Vaccination in Bombay 1869-1873 - 1869-1873
Year: 1869
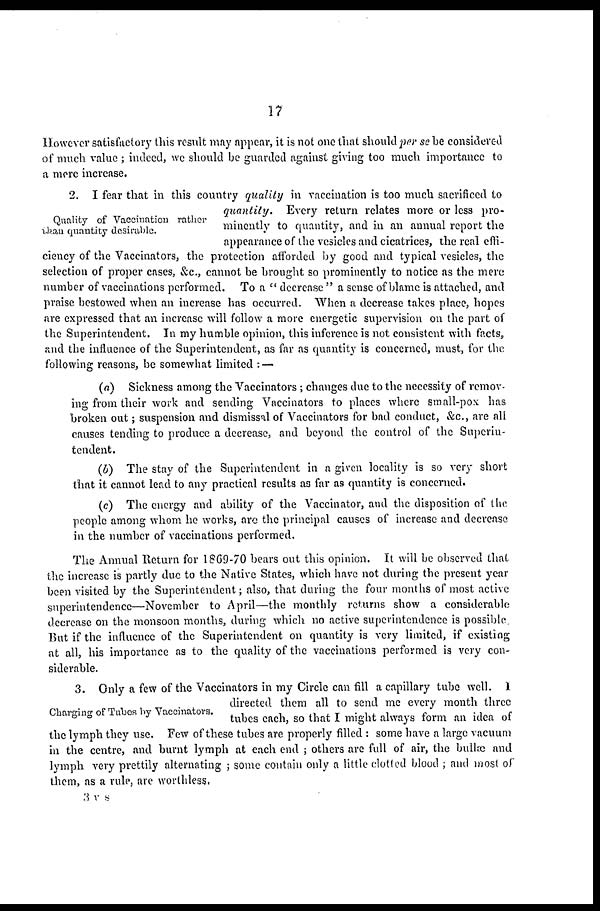
17
However satisfactory this result may appear, it is not one that should per se be considered
of much value ; indeed, we should be guarded against giving too much importance to
a mere increase.
Quality of Vaccination rather
than quantity desirable.
2. I fear that in this country quality in vaccination is too much sacrificed to
quantity.
Every return relates more or less pro-
minently to quantity, and in an annual report the
appearance of the vesicles and cicatrices, the real effi-
ciency of the Vaccinators, the protection afforded by good and typical vesicles, the
selection of proper cases, &c., cannot be brought so prominently to notice as the mere
number of vaccinations performed. To a " decrease " a sense of blame is attached, and
praise bestowed when an increase has occurred. When a decrease takes place, hopes
are expressed that an increase will follow a more energetic supervision on the part of
the Superintendent. In my humble opinion, this inference is not consistent with facts,
and the influence of the Superintendent, as far as quantity is concerned, must, for the
following reasons, be somewhat limited : —
(a) Sickness among the Vaccinators ; changes due to the necessity of remov-
ing from their work and sending Vaccinators to places where small-pox has
broken out; suspension and dismissal of Vaccinators for bad conduct, &c, are all
causes tending to produce a decrease, and beyond the control of the Superin-
tendent.
(b) The stay of the Superintendent in a given locality is so very short
that it cannot lead to any practical results as far as quantity is concerned.
(c) The energy and ability of the Vaccinator, and the disposition of the
people among whom he works, are the principal causes of increase and decrease
in the number of vaccinations performed.
The Annual Return for 1869-70 bears out this opinion. It will be observed that
the increase is partly due to the Native States, which have not during the present year
been visited by the Superintendent; also, that during the four months of most active
superintendence—November to April—the monthly returns show a considerable
decrease on the monsoon months, during which no active superintendence is possible.
But if the influence of the Superintendent on quantity is very limited, if existing
at all, his importance as to the quality of the vaccinations performed is very con-
siderable.
Charging of Tubes by Vaccinators.
3. Only a few of the Vaccinators in my Circle can fill a capillary tube well. I
directed them all to send me every month three
tubes each, so that I might always form an idea of
the lymph they use. Few of these tubes are properly filled : some have a large vacuum
in the centre, and burnt lymph at each end ; others are full of air, the bullæ and
lymph, very prettily alternating ; some contain only a little clotted blood ; and most of
them, as a rule, are worthless.
3 v s